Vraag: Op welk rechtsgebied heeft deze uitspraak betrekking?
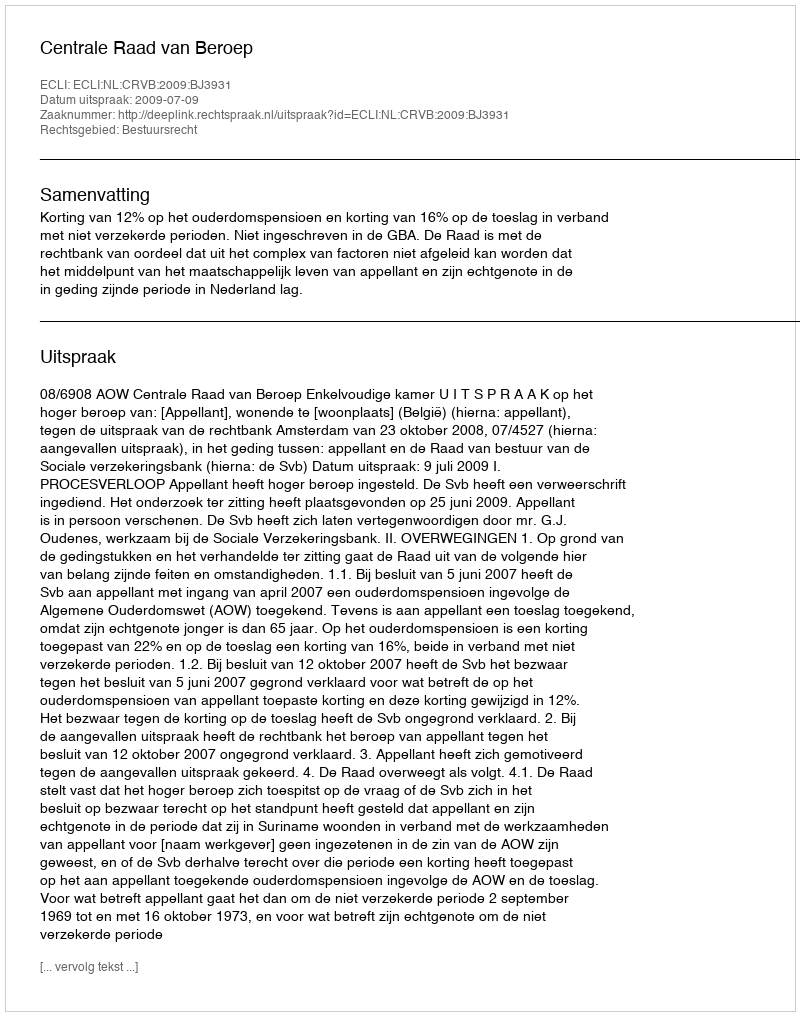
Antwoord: Bestuursrecht